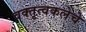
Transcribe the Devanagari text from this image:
वक्तृत्वकलेचे